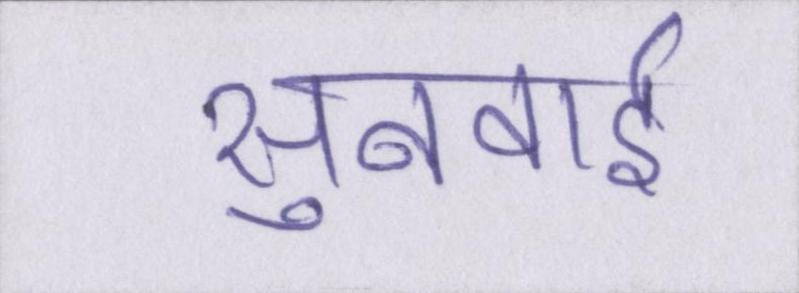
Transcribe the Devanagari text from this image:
सुनवाई